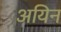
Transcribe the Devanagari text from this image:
अयिन